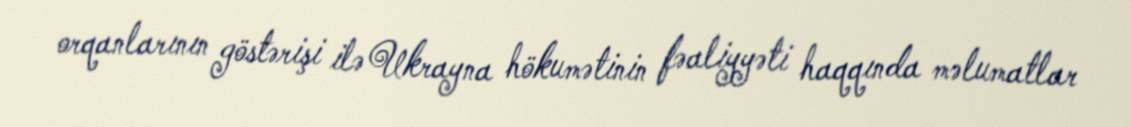
orqanlarının göstərişi ilə Ukrayna hökumətinin fəaliyyəti haqqında məlumatlar